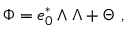
\Phi = e _ { 0 } ^ { * } \wedge \Lambda + \Theta ~ ,